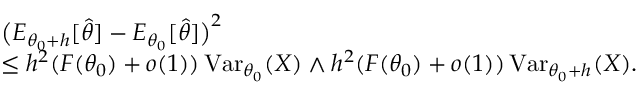
\begin{array} { r l } & { \big ( E _ { { \theta _ { 0 } } + h } [ \widehat \theta ] - E _ { \theta _ { 0 } } [ \widehat \theta ] \big ) ^ { 2 } } \\ & { \leq h ^ { 2 } ( F ( { \theta _ { 0 } } ) + o ( 1 ) ) \operatorname { V a r } _ { \theta _ { 0 } } ( X ) \wedge h ^ { 2 } ( F ( { \theta _ { 0 } } ) + o ( 1 ) ) \operatorname { V a r } _ { \theta _ { 0 } + h } ( X ) . } \end{array}